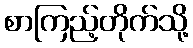
စာကြည့်တိုက်သို့